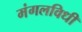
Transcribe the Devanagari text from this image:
मंगलविधी